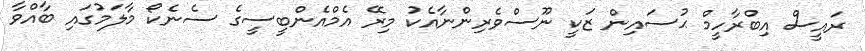
ރައީސް އިބްރާހީމް ޙުސައިން ޒަކީ ނޫސްވެރިންނާއެކު މިރޭ އެމްއެންބީސީގެ ސެނެކޯ މާލަމުގައި ބާއްވާ